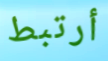
أرتبط